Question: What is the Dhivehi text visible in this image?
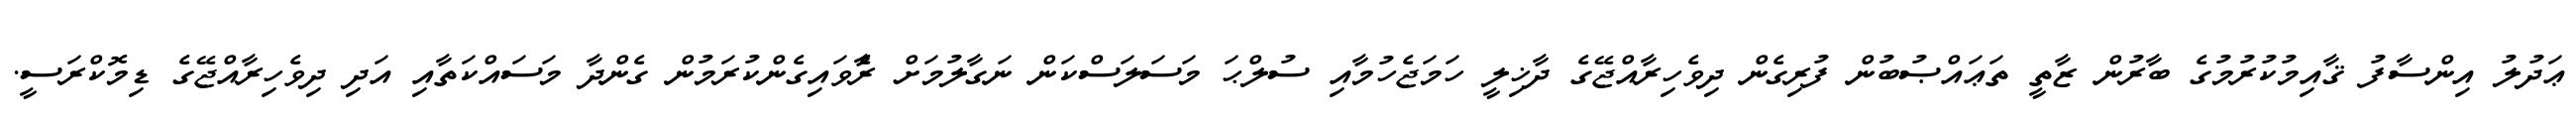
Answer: ޢަދުލު އިންސާފު ޤާއިމުކުރުމުގެ ބާރުން ޒާތީ ތަޢައްޞުބުން ފުރިގެން ދިވެހިރާއްޖޭގެ ދާޚިލީ ހަމަޖެހުމާއި ސުލްޙަ މަސަލަސްކަން ނަގާލުމަށް ރެާވައިގެންކުރަމުން ގެންދާ މަސައްކަތާއި އަދި ދިވެހިރާއްޖޭގެ ޑިމޮކްރަސީ.